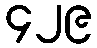
၄၂၉